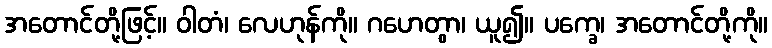
အတောင်တို့ဖြင့်။ ဝါတံ၊ လေဟုန်ကို။ ဂဟေတွာ၊ ယူ၍။ ပက္ခေ၊ အတောင်တို့ကို။